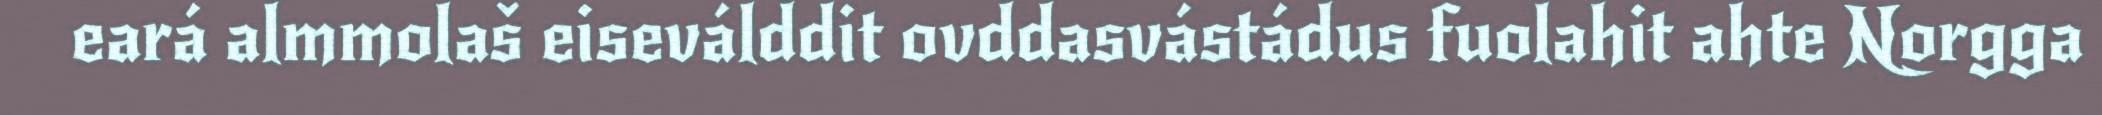
eará almmolaš eiseválddit ovddasvástádus fuolahit ahte Norgga